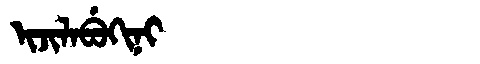
Manchu: ᡳᠵᡳᠯᠠᠪᡠᡴᡳᠨᡳ
Romanization: IJILABUKINI